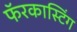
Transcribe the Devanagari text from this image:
फॅरकास्टिंग